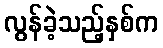
လွန်ခဲ့သည့်နှစ်က